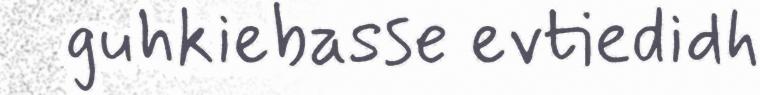
guhkiebasse evtiedidh